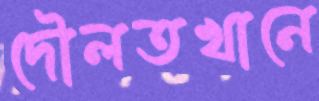
দৌলতখানে